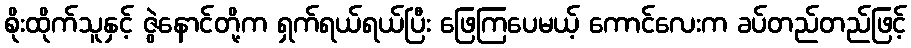
စိုးထိုက်သူနှင့် ဇွဲနောင်တို့က ရှက်ရယ်ရယ်ပြီး ဖြေကြပေမယ့် ကောင်လေးက ခပ်တည်တည်ဖြင့်